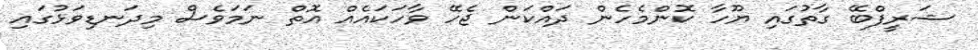
ޝަރީފްބޭ ގާތުގައި ޔޫހާ ކޮންމެހެން ދައްކަން ޖެހޭ ވާހަކައެއް އޮތް ނަމަވެސް މިދަނޑިވަޅުގައި